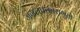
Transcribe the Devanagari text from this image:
जंगलप्रकारामुळे